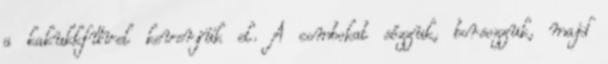
a kakukkfűvel keverjük el. A combokat sózzuk, borsozzuk, majd